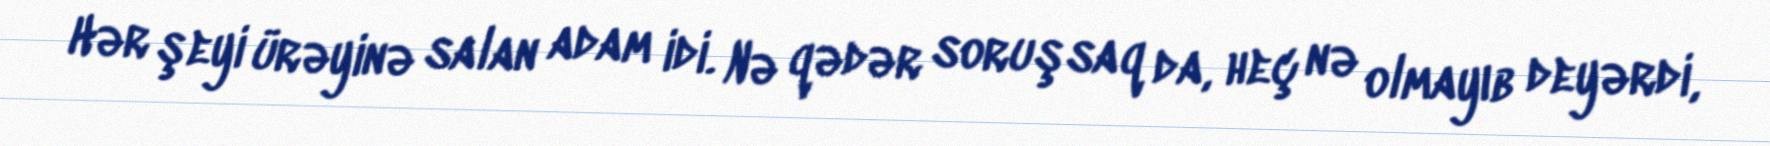
Hər şeyi ürəyinə salan adam idi. Nə qədər soruşsaq da, heç nə olmayıb deyərdi,